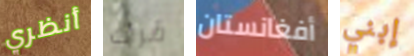
أنظري قرأت أفغانستان إبني